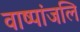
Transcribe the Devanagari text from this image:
वाष्पांजलि